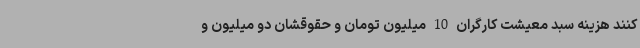
کنند هزینه سبد معیشت کارگران 10 میلیون تومان و حقوقشان دو میلیون و